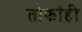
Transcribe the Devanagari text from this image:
तोफांही